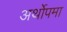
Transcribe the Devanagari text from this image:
अर्थोपमा